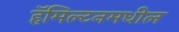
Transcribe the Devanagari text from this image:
हॅमिल्टनमधील